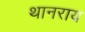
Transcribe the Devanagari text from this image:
थानराय